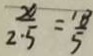
\frac { x } { 2 . 5 } = \frac { 1 8 } { 5 }